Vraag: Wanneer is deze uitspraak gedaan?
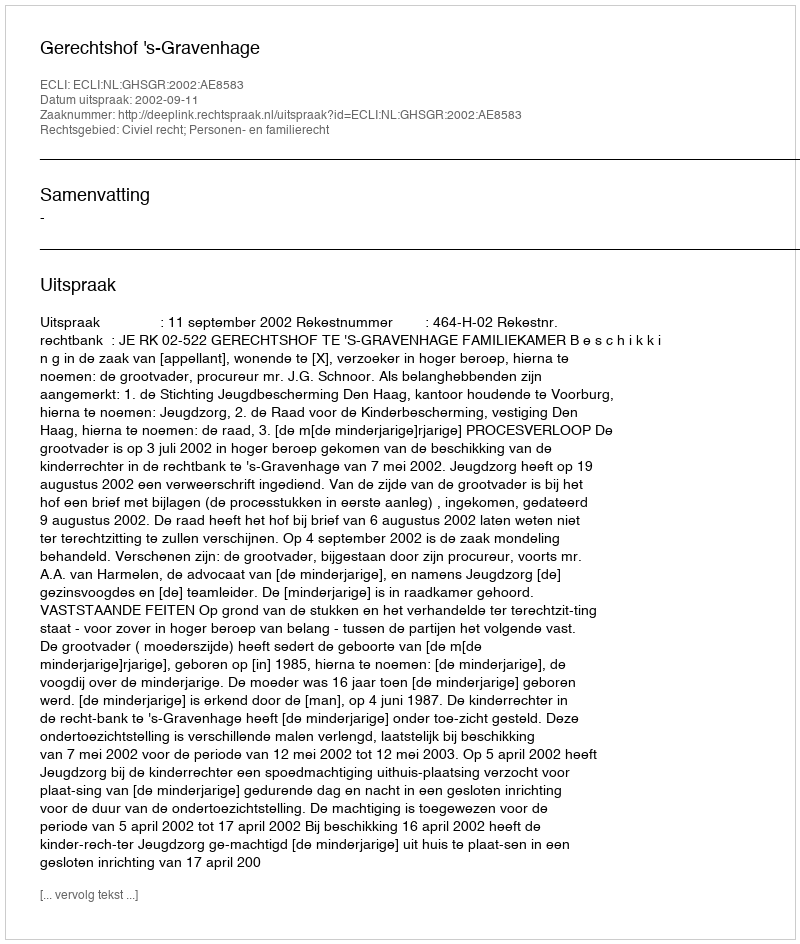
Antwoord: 2002-09-11